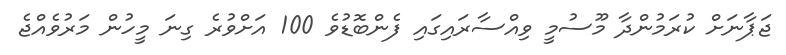
ޖަޕާނަށް ކުރަމުންދާ މޫސުމީ ވިއްސާރައިގައި ފެންބޮޑުވެ 100 އަށްވުރެ ގިނަ މީހުން މަރުވެއްޖެ